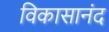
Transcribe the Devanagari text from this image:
विकासानंद